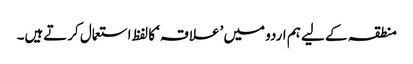
منطقہ کے لیے ہم اردو میں ’علاقہ‘ کا لفظ استعمال کرتےہیں۔